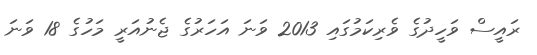
ރައީސް ވަހީދުގެ ވެރިކަމުގައި 2013 ވަނަ އަހަރުގެ ޖެނުއަރީ މަހުގެ 18 ވަނަ